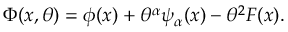
\Phi ( x , \theta ) = \phi ( x ) + \theta ^ { \alpha } \psi _ { \alpha } ( x ) - \theta ^ { 2 } F ( x ) .